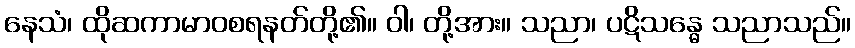
နေသံ၊ ထိုဆကာမာဝစရနတ်တို့၏။ ဝါ၊ တို့အား။ သညာ၊ ပဋိသန္ဓေ သညာသည်။